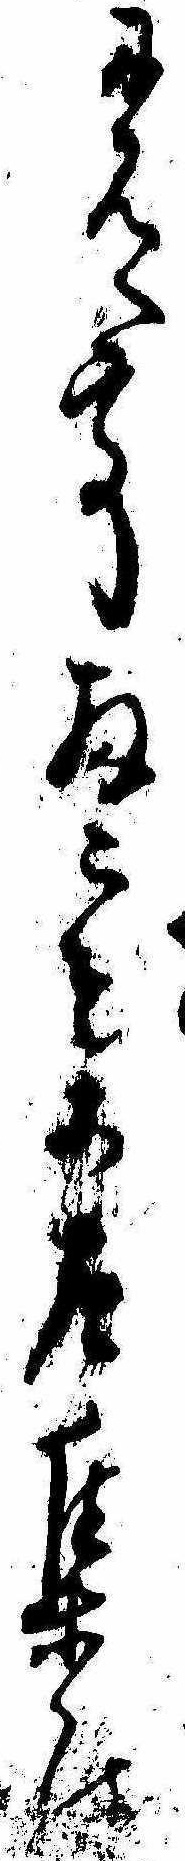
に見えて扨こそこの集の